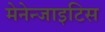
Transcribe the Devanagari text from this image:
मेनेन्जाइटिस